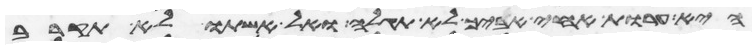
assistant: היא ערות אחי אביך לא תגלה ואל אשתו לא תקרב